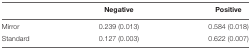
|  | Negative | Positive |
 | --- | --- | --- |
 | Mirror | 0.239 (0.013) | 0.584 (0.018) |
 | Standard | 0.127 (0.003) | 0.622 (0.007) |